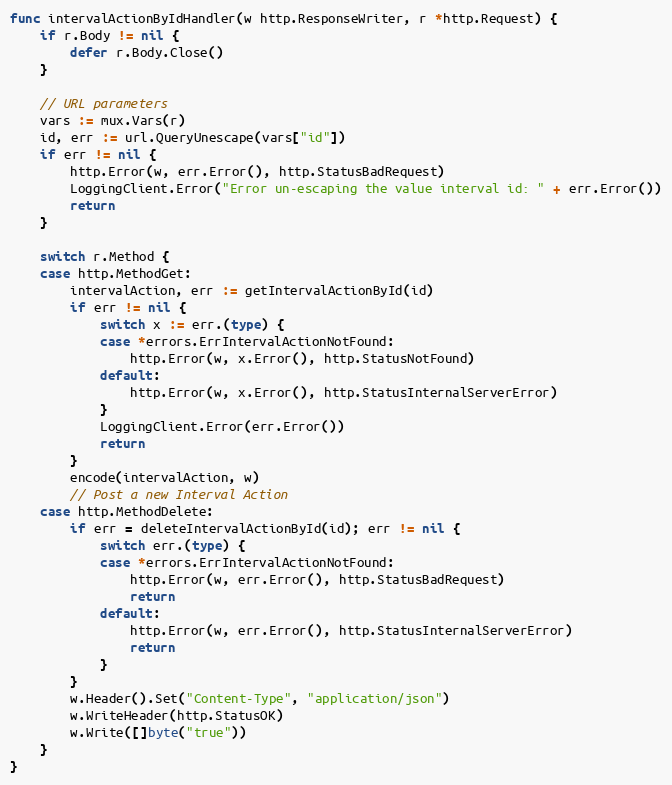
Language: Go
func intervalActionByIdHandler(w http.ResponseWriter, r *http.Request) {
	if r.Body != nil {
		defer r.Body.Close()
	}

	// URL parameters
	vars := mux.Vars(r)
	id, err := url.QueryUnescape(vars["id"])
	if err != nil {
		http.Error(w, err.Error(), http.StatusBadRequest)
		LoggingClient.Error("Error un-escaping the value interval id: " + err.Error())
		return
	}

	switch r.Method {
	case http.MethodGet:
		intervalAction, err := getIntervalActionById(id)
		if err != nil {
			switch x := err.(type) {
			case *errors.ErrIntervalActionNotFound:
				http.Error(w, x.Error(), http.StatusNotFound)
			default:
				http.Error(w, x.Error(), http.StatusInternalServerError)
			}
			LoggingClient.Error(err.Error())
			return
		}
		encode(intervalAction, w)
		// Post a new Interval Action
	case http.MethodDelete:
		if err = deleteIntervalActionById(id); err != nil {
			switch err.(type) {
			case *errors.ErrIntervalActionNotFound:
				http.Error(w, err.Error(), http.StatusBadRequest)
				return
			default:
				http.Error(w, err.Error(), http.StatusInternalServerError)
				return
			}
		}
		w.Header().Set("Content-Type", "application/json")
		w.WriteHeader(http.StatusOK)
		w.Write([]byte("true"))
	}
}